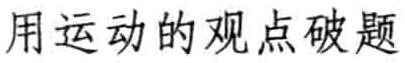
用运动的观点破题